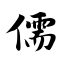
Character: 儒